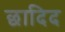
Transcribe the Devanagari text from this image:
छादिद